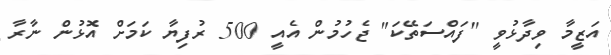
އަޒީމާ ވިދާޅުވީ "ފައްސަތޭކަ" ޖެހުމުން އެއީ 500 ރުފިޔާ ކަމަށް އޮޅުން ނާރާ